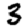
Digit: 3